Civil Veterinary Department Bengal reports 1923-33 - 1923-1933
Year: 1923
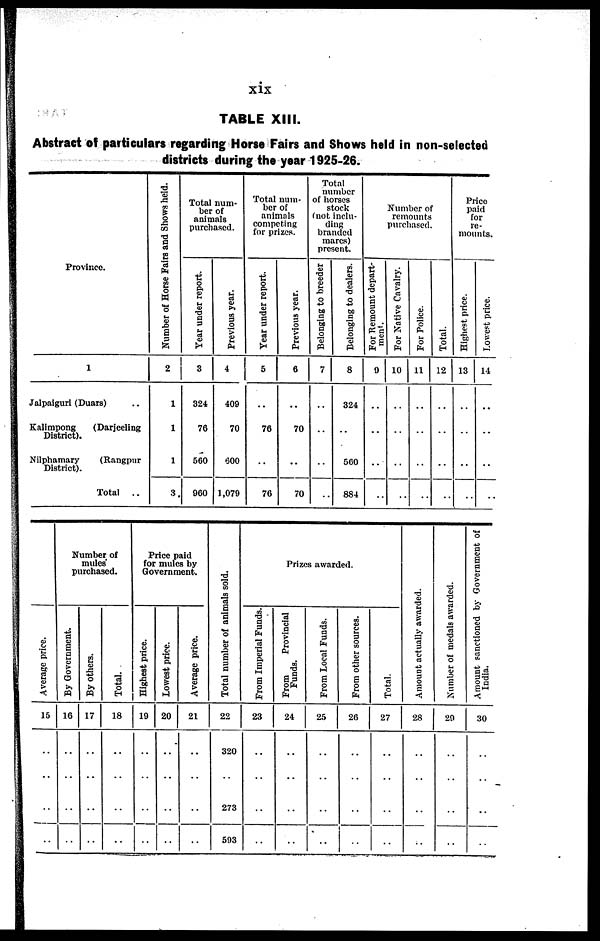
xix
TABLE XIII.
Abstract of particulars regarding Horse Fairs and Shows held in non-selected
districts during the year 1925-26.
Province.
1
Jalpaiguri (Duars) ..
Kalimpong
(Darjeeling
District).
Nilphamary
(Rangpur
District).
Total
..
Number of Horse Fairs and Shows held.
2
1
1
1
3
Total num-
ber of
animals
purchased.
Year under report.
3
324
76
560
060
Previous year.
4
409
70
600
1,079
Total num-
ber of
animals
competing
for prizes.
Year under report.
5
..
76
..
76
Previous year.
6
..
70
..
70
Total
number
of horses
stock
(not inclu-
ding
branded
mares)
present.
Belonging to breeder
7
..
..
..
..
Belonging to dealers.
8
324
..
560
884
Number of
remounts
purchased.
For Remount depart-
ment.
9
..
..
..
..
For Native Cavalry.
10
..
..
..
..
For Police.
11
..
..
..
..
Total.
12
..
..
..
..
Price
paid
for
re-
mounts.
Highest price.
13
..
..
..
..
Lowest price.
14
..
..
..
..
Ave r
a ge price.
15
..
..
..
Number of
mules
purchased.
By Government.
16
..
..
..
By others.
17
..
..
..
Total.
18
..
..
..
Price paid
for mules by
Government.
Highest price.
19
..
..
..
Lowest price.
20
..
..
..
Average price.
21
..
..
..
Total number of animals sold.
22
320
273
593
Prizes awarded.
From Imperial Funds.
23
..
..
..
From
Provincial
Funds.
24
..
..
..
From Local Funds.
25
..
..
..
From other sources.
26
..
..
..
Total.
27
..
..
..
Amount actually awarded.
28
..
..
..
Number of medals awarded.
29
..
..
..
Amount sanctioned by Government of
India.
30
..
..
..